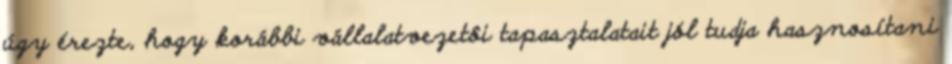
úgy érezte, hogy korábbi vállalatvezetôi tapasztalatait jól tudja hasznosítani